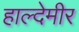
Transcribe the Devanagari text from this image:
हाल्देमीर